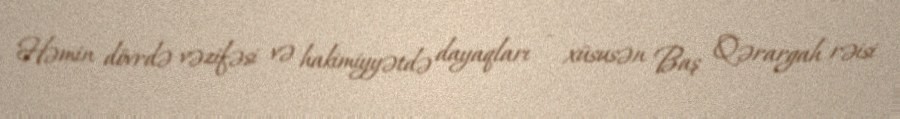
Həmin dövrdə vəzifəsi və hakimiyyətdə dayaqları - xüsusən Baş Qərargah rəisi